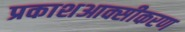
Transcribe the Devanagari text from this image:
प्रकाशआक्सीकरण